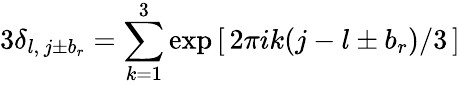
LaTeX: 3\delta_{l,\, j\pm b_{r}}=\sum_{k=1}^{3}\exp\, [\, 2\pi ik(j-l\pm b_{r})/3\, ]